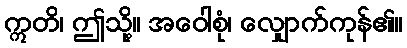
ဣတိ၊ ဤသို့။ အဝေါစုံ၊ လျှောက်ကုန်၏။